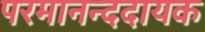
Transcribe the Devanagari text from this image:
परमानन्ददायक